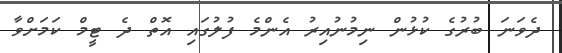
ދެވަނަ ބުރުގެ ކުޅުން ނިމުނުއިރު އެންމެ ފުލުގައި އޮތް ދެ ޓީމް ކަމަށްވާ